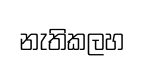
නැතිකලහ